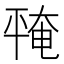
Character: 𪪅